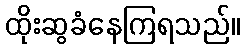
ထိုးဆွခံနေကြရသည်။